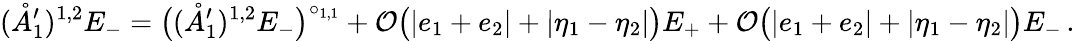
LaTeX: (\mathring{A}_{1}^{\prime})^{{1,2}}E_{-}=\big((\mathring{A}_{1}^{\prime})^{{1,2}}E_{-}\big)^{\circ_{1,1}}+\mathcal{O}\big(|e_{1}+e_{2}|+|\eta_{1}-\eta_{2}|\big)E_{+}+\mathcal{O}\big(|e_{1}+e_{2}|+|\eta_{1}-\eta_{2}|\big)E_{-}\, .